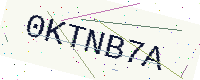
Text: 0KTNB7A